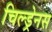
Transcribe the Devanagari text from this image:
चिल्ड्रेनस